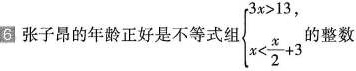
6 张子昂的年龄正好是不等式组$$\left\{\begin{matrix}3x>13\\x<\frac{x}{2}+3\end{matrix}\right.$$的整数